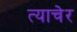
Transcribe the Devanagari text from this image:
त्याचेर